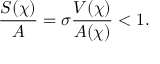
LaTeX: \frac { S ( \chi ) } { A } = \sigma \frac { V ( \chi ) } { A ( \chi ) } < 1 .